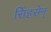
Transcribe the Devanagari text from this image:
सिंहसेन्